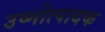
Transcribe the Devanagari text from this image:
उष्मोत्पादक